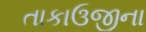
તાકાઉજીના